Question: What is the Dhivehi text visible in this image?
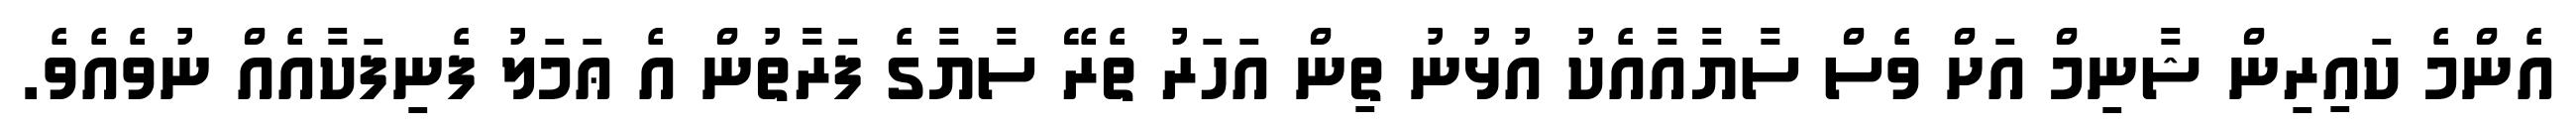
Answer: އެންމެ ކައިރިން ޝާނިމް އަށް ވެސް ސާޔާއާއެކު އުޅުނު ތިން އަހަރު ތެރޭ ސާޔާގެ ފަރަާތުން އެ ޢަމަލު ފެނިފަކާއެއް ނުވެއެވެ.